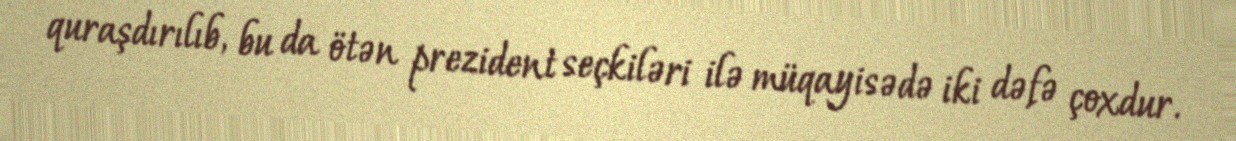
quraşdırılıb, bu da ötən prezident seçkiləri ilə müqayisədə iki dəfə çoxdur.